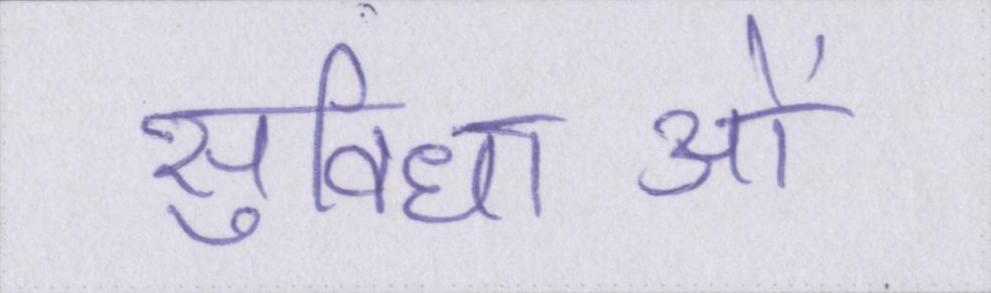
सुविधाओं